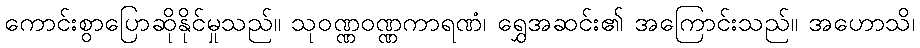
ကောင်းစွာပြောဆိုနိုင်မှုသည်။ သုဝဏ္ဏဝဏ္ဏကာရဏံ၊ ရွှေအဆင်း၏ အကြောင်းသည်။ အဟောသိ၊